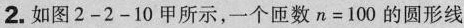
2.如图2-2-10甲所示，一个匝数$$n = 1 0 0$$的圆形线